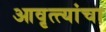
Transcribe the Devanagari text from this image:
आवृत्त्यांचा